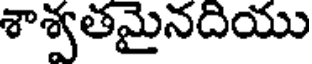
శాశ్వతమైనదియు